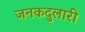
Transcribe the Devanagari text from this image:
जनकदुलारी